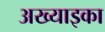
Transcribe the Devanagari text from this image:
अख्याइका